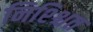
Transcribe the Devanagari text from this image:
निश्श्चित